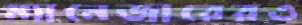
ম্যানেজারেরও